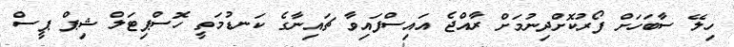
ހިލޭ ސާބަހަށް ފޯރުކޮށްދިނުމަށް ރާއްޖެ އައިސްފައިވާ ޗައިނާގެ ކަނޑުމަތީ ހޮސްޕިޓަލް ޝިޕް ޕީސް